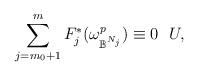
LaTeX: \begin{align*} \sum_{j=m_0+1}^m F_j^*(\omega_{\mathbb{B}^{N_j}} ^p) \equiv 0 ~~ U,\end{align*}